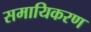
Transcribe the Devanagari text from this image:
समायिकरण